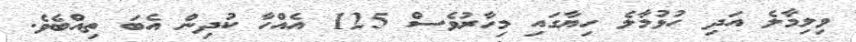
ވިލިމާލެ އަދި ހުޅުމާލެ ހިޔާގައި މިހާރުވެސް 125 އެއްހާ ކުދިން އެބަ ތިއްބެވެ.